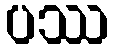
ပဿ